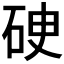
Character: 𥒏